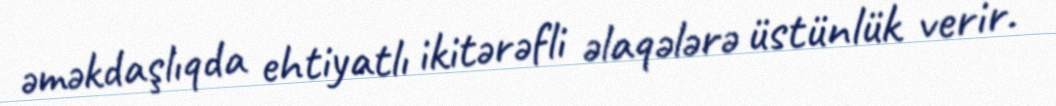
əməkdaşlıqda ehtiyatlı ikitərəfli əlaqələrə üstünlük verir.